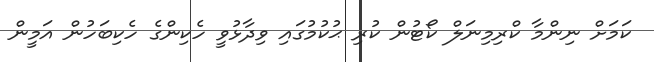
ކަމަށް ނިންމާ ކްރިމިނަލް ކޯޓުން ކުރި ޙުކުމުގައި ވިދާޅުވީ ހެކިންގެ ހެކިބަހުން އަމީން